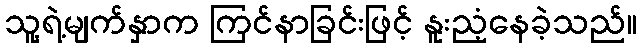
သူ့ရဲ့မျက်နှာက ကြင်နာခြင်းဖြင့် နူးညံ့နေခဲ့သည်။